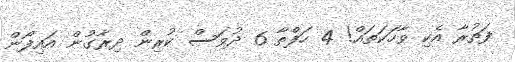
ފަތުރާ އެކި ވާހަކަތައް! 4 ހަފްތާ 6 ދުވަސް ކުރިން ދިރާގުން އައިފޯން